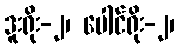
ဒူးရိုး-၂၊ ပေါင်ရိုး-၂၊